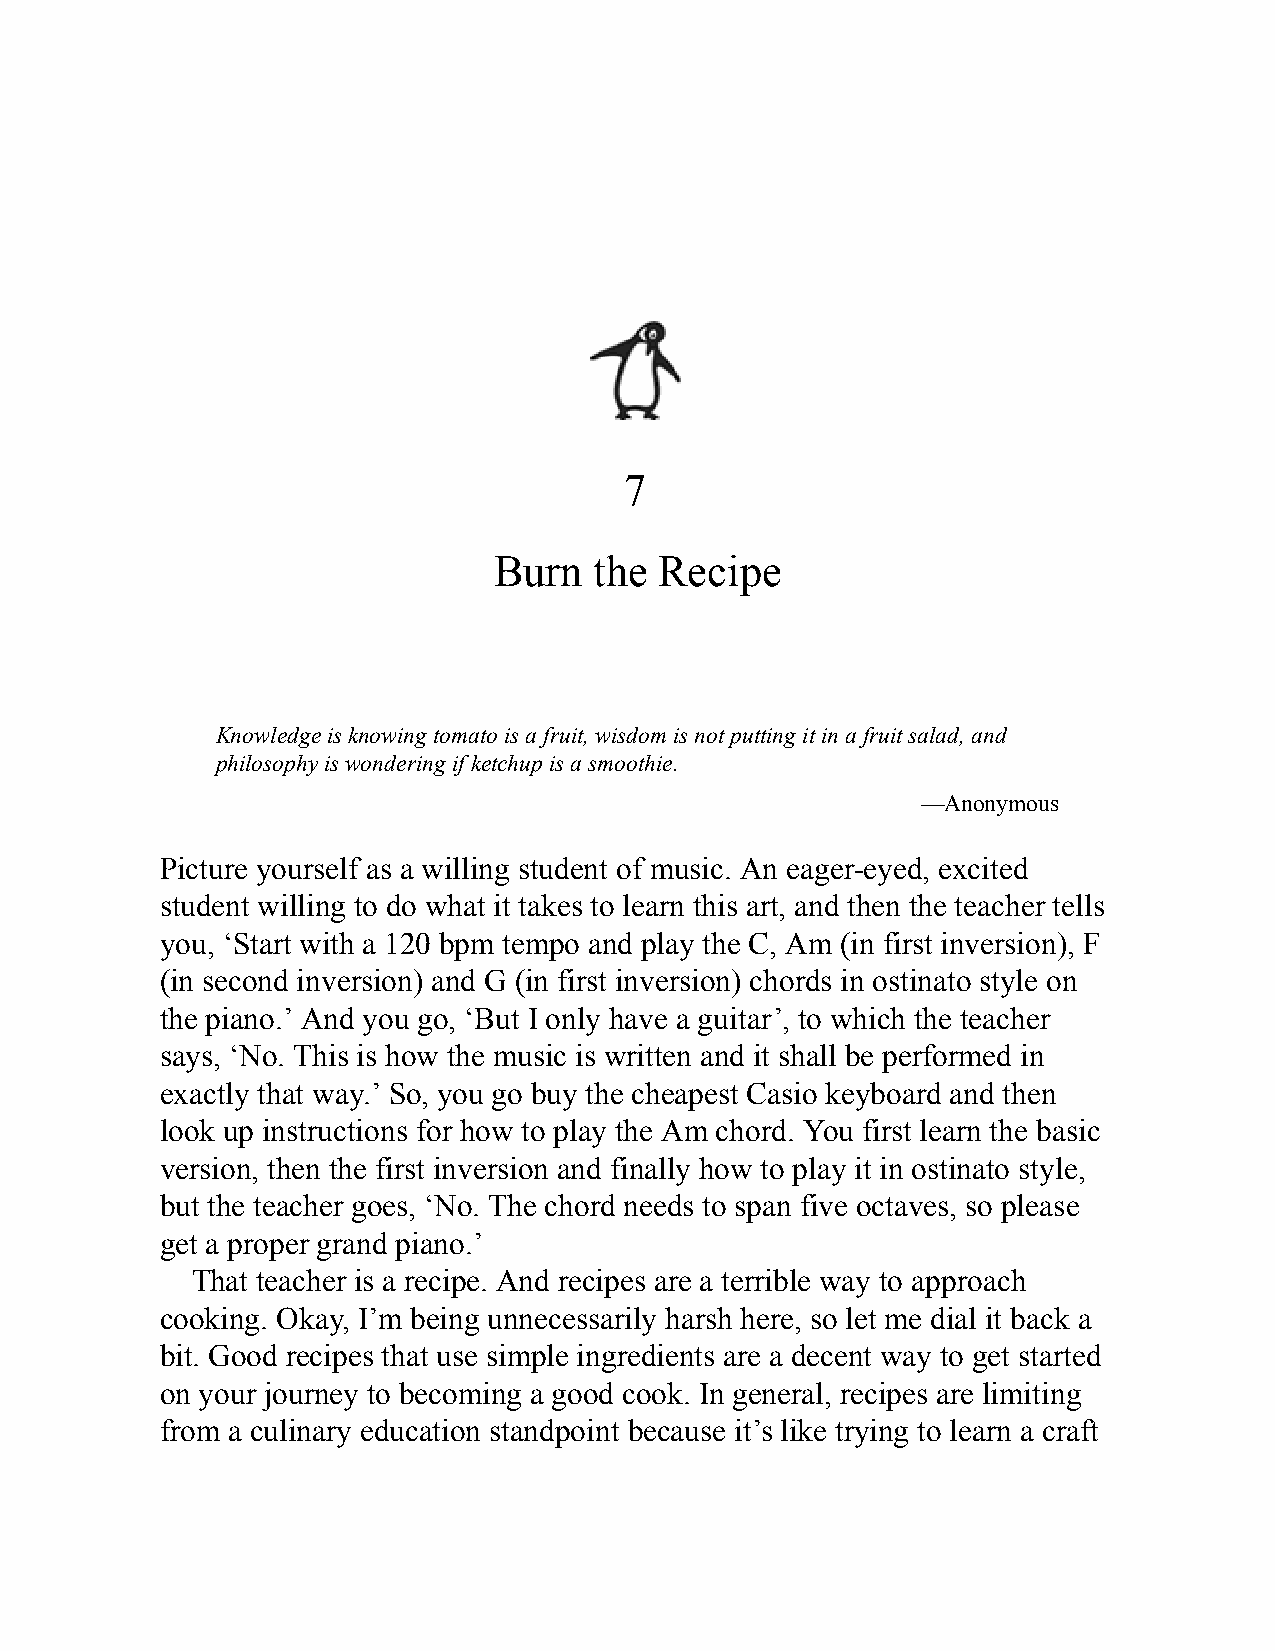
7
 Burn  the  Recipe
 Knowledge is knowing tomato is a fruit, wisdom is not putting it in a fruit salad, and
 philosophy is wondering if ketchup is a smoothie.
 —Anonymous
 Picture yourself as a willing student of music. An eager-eyed, excited
 student willing to do what it takes to learn this art, and then the teacher tells
 you, ‘Start with a 120 bpm tempo and play the C, Am (in first inversion), F
 (in second inversion) and G (in first inversion) chords in ostinato style on
 the piano.’ And you go, ‘But I only have a guitar’, to which the teacher
 says, ‘No. This is how the music is written and it shall be performed in
 exactly that way.’ So, you go buy the cheapest Casio keyboard and then
 look up instructions for how to play the Am chord. You first learn the basic
 version, then the first inversion and finally how to play it in ostinato style,
 but the teacher goes, ‘No. The chord needs to span five octaves, so please
 get a proper grand piano.’
 That teacher is a recipe. And recipes are a terrible way to approach
 cooking. Okay, I’m being unnecessarily harsh here, so let me dial it back a
 bit. Good recipes that use simple ingredients are a decent way to get started
 on your journey to becoming a good cook. In general, recipes are limiting
 from a culinary education standpoint because it’s like trying to learn a craft